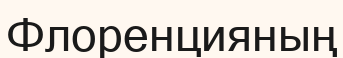
Флоренцияның